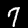
Digit: 7